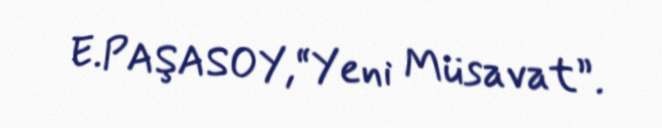
E.PAŞASOY,“Yeni Müsavat”.